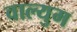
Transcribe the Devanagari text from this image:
वाल्युम